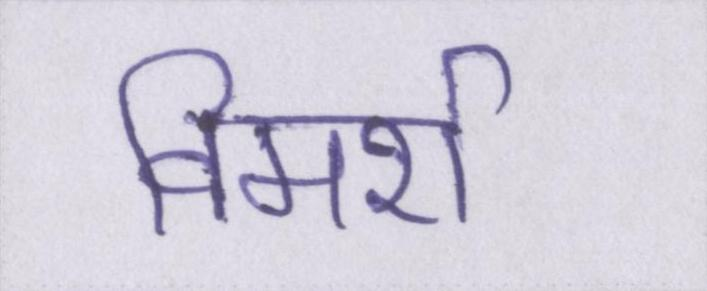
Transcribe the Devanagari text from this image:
विमर्श